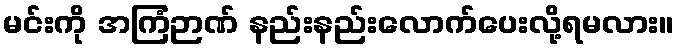
မင်းကို အကြံဉာဏ် နည်းနည်းလောက်ပေးလို့ရမလား။